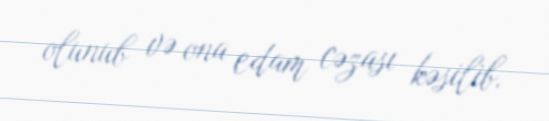
olunub və ona edam cəzası kəsilib.